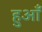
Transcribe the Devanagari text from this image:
हुआँ